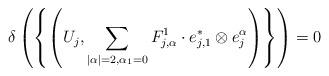
LaTeX: \begin{align*}\delta\left(\left\{\left(U_j, \sum_{|\alpha|=2, \alpha_1=0}F_{j, \alpha}^1\cdot e_{j, 1}^*\otimes e_j^\alpha\right)\right\}\right)=0\end{align*}